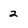
Character: 2